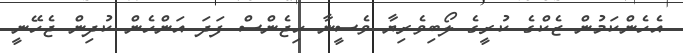
އެހެންކަމުން ޒެކްގެ ކުރީގެ ލޯބިވެރިޔާ ވެސީނާ ހިޖެންސް ފަދަ އަންހެން ކުދިން ޖެހޭނީ